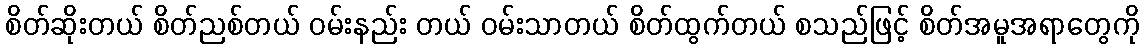
စိတ်ဆိုးတယ် စိတ်ညစ်တယ် ဝမ်းနည်း တယ် ဝမ်းသာတယ် စိတ်ထွက်တယ် စသည်ဖြင့် စိတ်အမူအရာတွေကို